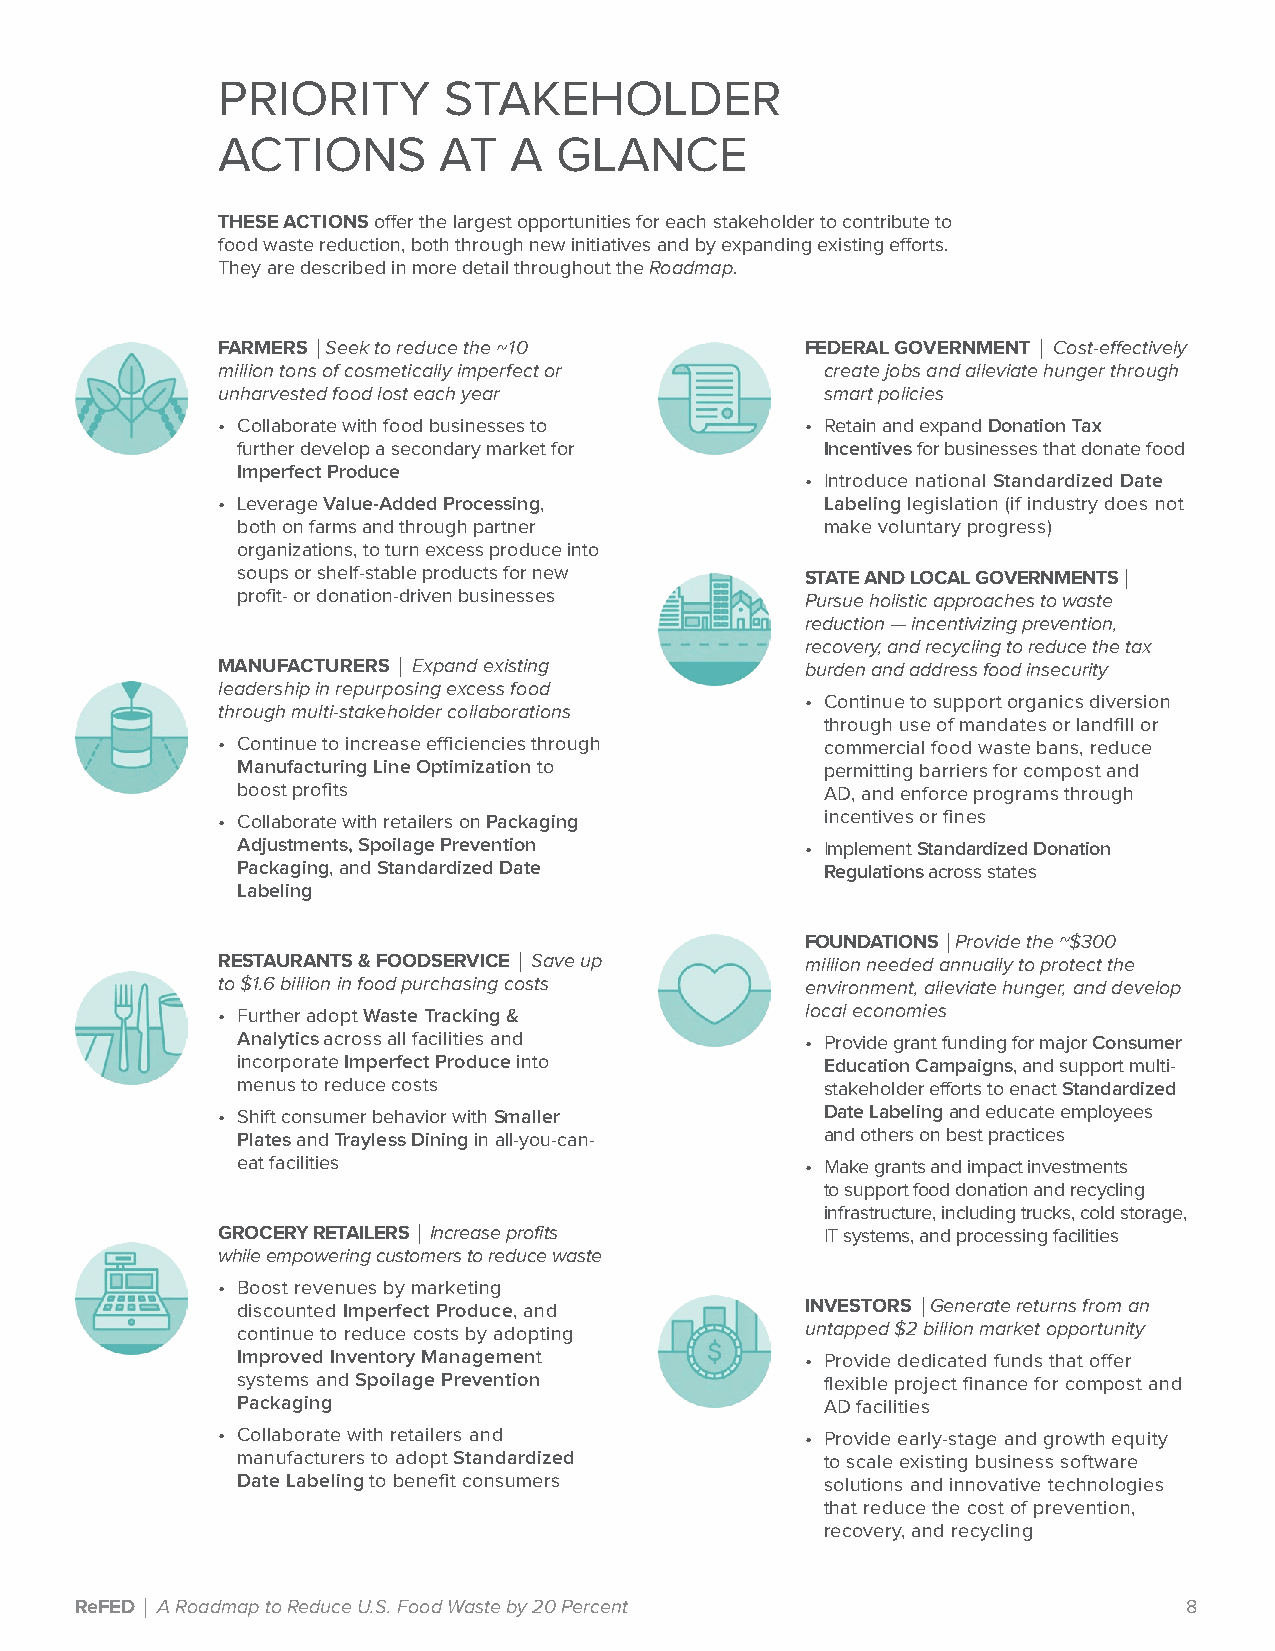
PRIORITY       STAKEHOLDER
 ACTIONS        AT   A  GLANCE
 THESE ACTIONS offer the largest opportunities for each stakeholder to contribute to
 food waste reduction, both through new initiatives and by expanding existing efforts.
 They are described in more detail throughout the Roadmap.
 FARMERS |Seek to reduce the ~10        FEDERAL GOVERNMENT | Cost-effectively
 million tons of cosmetically imperfect or create jobs and alleviate hunger through
 unharvested food lost each year          smart policies
 • Collaborate with food businesses to  • Retain and expand Donation Tax
 further develop a secondary market for Incentives for businesses that donate food
 Imperfect Produce
 • Introduce national Standardized Date
 • Leverage Value-Added Processing,       Labeling legislation (if industry does not
 both on farms and through partner      make voluntary progress)
 organizations, to turn excess produce into
 soups or shelf-stable products for new STATE AND LOCAL GOVERNMENTS|
 profit- or donation-driven businesses Pursue holistic approaches to waste
 reduction — incentivizing prevention,
 recovery, and recycling to reduce the tax
 MANUFACTURERS | Expand existing        burden and address food insecurity
 leadership in repurposing excess food
 • Continue to support organics diversion
 through multi-stakeholder collaborations
 through use of mandates or landfill or
 • Continue to increase efficiencies through commercial food waste bans, reduce
 Manufacturing Line Optimization to     permitting barriers for compost and
 boost profits                          AD, and enforce programs through
 • Collaborate with retailers on Packaging incentives or fines
 Adjustments, Spoilage Prevention     • Implement Standardized Donation
 Packaging, and Standardized Date       Regulations across states
 Labeling
 FOUNDATIONS |Provide the ~$300
 RESTAURANTS & FOODSERVICE| Save up     million needed annually to protect the
 to $1.6 billion in food purchasing costs environment, alleviate hunger, and develop
 • Further adopt Waste Tracking &       local economies
 Analytics across all facilities and  • Provide grant funding for major Consumer
 incorporate Imperfect Produce into     Education Campaigns, and support multi-
 menus to reduce costs                  stakeholder efforts to enact Standardized
 • Shift consumer behavior with Smaller   Date Labeling and educate employees
 Plates and Trayless Dining in all-you-can- and others on best practices
 eat facilities                       • Make grants and impact investments
 to support food donation and recycling
 infrastructure, including trucks, cold storage,
 GROCERY RETAILERS | Increase profits     IT systems, and processing facilities
 while empowering customers to reduce waste
 • Boost revenues by marketing
 discounted Imperfect Produce, and    INVESTORS |Generate returns from an
 continue to reduce costs by adopting untapped $2 billion market opportunity
 Improved Inventory Management        • Provide dedicated funds that offer
 systems and Spoilage Prevention        flexible project finance for compost and
 Packaging                              AD facilities
 • Collaborate with retailers and       • Provide early-stage and growth equity
 manufacturers to adopt Standardized    to scale existing business software
 Date Labeling to benefit consumers     solutions and innovative technologies
 that reduce the cost of prevention,
 recovery, and recycling
 ReFED | A Roadmap to Reduce U.S. Food Waste by 20 Percent                 8